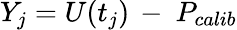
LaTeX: Y_{j}=U(t_{j})\, -\ P_{calib}